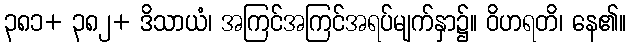
၃၈၁+ ၃၈၂+ ဒိသာယံ၊ အကြင်အကြင်အရပ်မျက်နှာ၌။ ဝိဟရတိ၊ နေ၏။